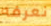
نعرفه